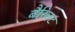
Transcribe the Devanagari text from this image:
बैरिक्ट